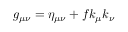
g _ { \mu \nu } = \eta _ { \mu \nu } + f k _ { \mu } k _ { \nu }